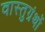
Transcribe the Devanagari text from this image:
वास्तुग्रंथों